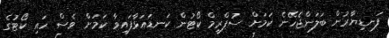
ފަނޑިޔާރުން ބަލަންޖެހޭނެ ކަމަށް ސުޕްރީމް ކޯޓުން ކަނޑައަޅާފައިވާ ކަމަށް ވެސް ހައި ކޯޓުގެ